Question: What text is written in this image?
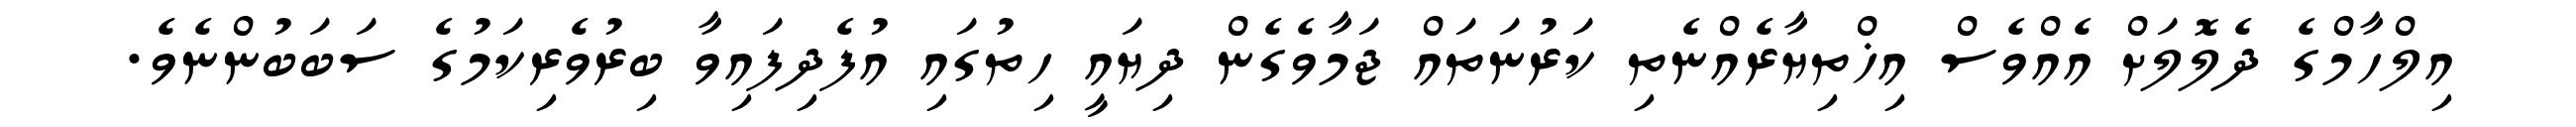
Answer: އިލްހާމްގެ ދެލޮލަށް އެއްވެސް އިޚްތިޔާރެއްނެތި ކަރުނަތައް ޖަމާވެގެން ދިޔައީ ހިތުގައި އުފެދިފައިވާ ބިރުވެރިކަމުގެ ސަބަބުންނެވެ.